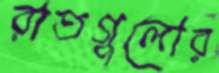
রাতগুলোর